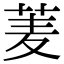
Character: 𮏀